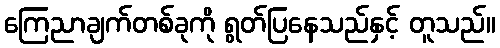
ကြေညာချက်တစ်ခုကို ရွတ်ပြနေသည်နှင့် တူသည်။